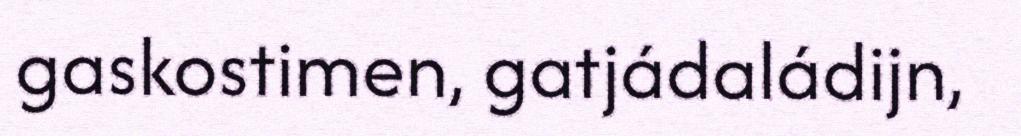
gaskostimen, gatjádaládijn,